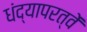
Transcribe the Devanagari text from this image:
धंद्यापरत्वें